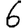
Digit: 6